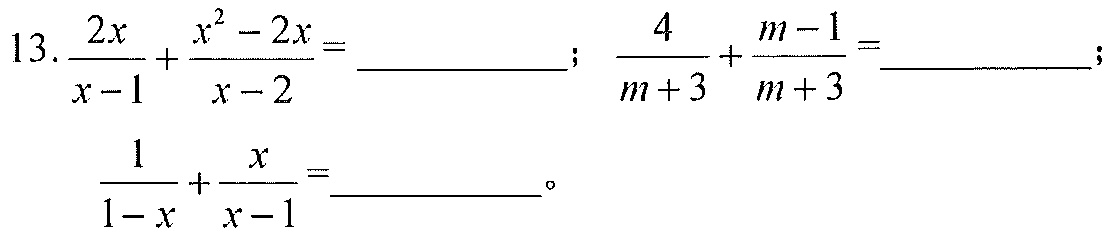
13.$\frac{2x}{x - 1}+\frac{x^{2}-2x}{x - 2}=$  ；$\frac{4}{m + 3}+\frac{m - 1}{m + 3}=$  ；$\frac{1}{1 - x}+\frac{x}{x - 1}=$  。